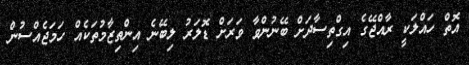
އޮތް ހައްލަކީ ރާއްޖޭގެ އިގްތިސާދަށް ބޭނުންވާ ވަރަށް ޑޮލަރު ލިބޭނެ އިންތިޒާމުތަކެއް ހަމަޖެއްސުން